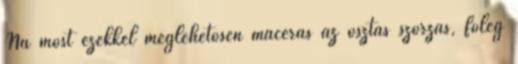
Na most ezekkel meglehetősen macerás az osztás szorzás, főleg